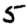
Digit: 5